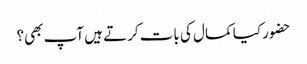
حضور کیا کمال کی بات کرتے ہیں آپ بھی؟